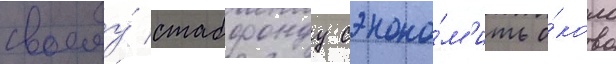
своему́ стабфонду сэконо́м'ить о́коло